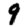
Digit: 9